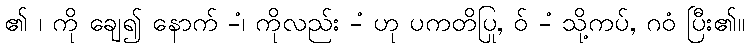
၏ ၊ ကို ချေ၍ နောက် -ံ၊ ကိုလည်း -ံ ဟု ပကတိပြု, ဝ် -ံ သို့ကပ်, ဂဝံ ပြီး၏။